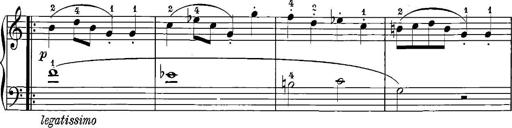
Title: 12 Sonatinas
Composer: Ignaz Pleyel